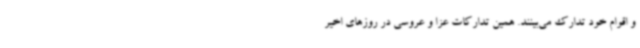
و اقوام خود تدارک می‌بینند. همین تدارکات عزا و عروسی در روزهای اخیر